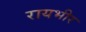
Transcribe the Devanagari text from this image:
रायभीर